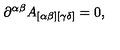
\partial ^ { \alpha \beta } A _ { [ \alpha \beta ] [ \gamma \delta ] } = 0 ,